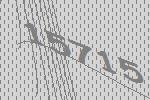
15715